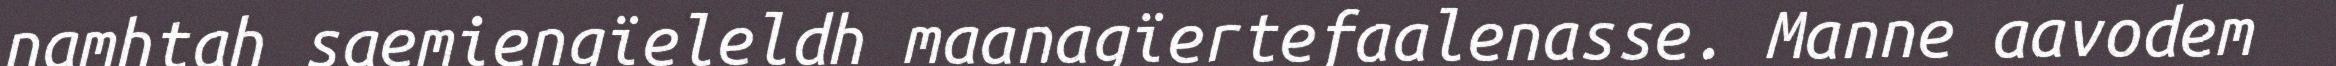
namhtah saemiengïeleldh maanagïertefaalenasse. Manne aavodem